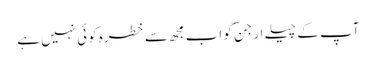
آپ کے چیلے ارجنؔ کو اب مجھ سے خطرہ کوئی نہیں ہے